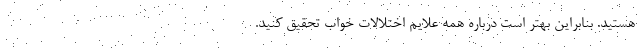
هستید. بنابراین بهتر است درباره همه علایم اختلالات خواب تحقیق کنید.